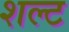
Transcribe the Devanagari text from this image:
शल्ट